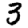
Digit: 3